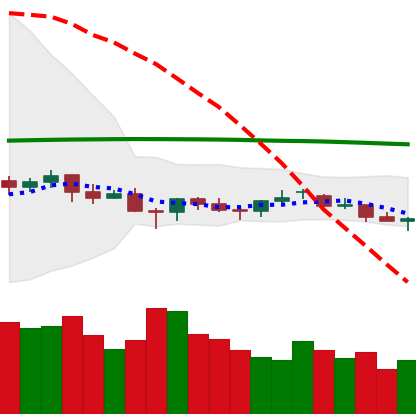
Ticker: LTC-USD
Chart end date: 2021-06-20
Forward return: -18.959%
Label: down_7plus